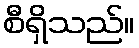
စီရှိသည်။